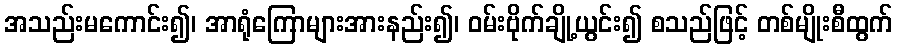
အသည်းမကောင်း၍၊ အာရုံကြောများအားနည်း၍၊ ဝမ်းဗိုက်ချို့ယွင်း၍ စသည်ဖြင့် တစ်မျိုးစီထွက်